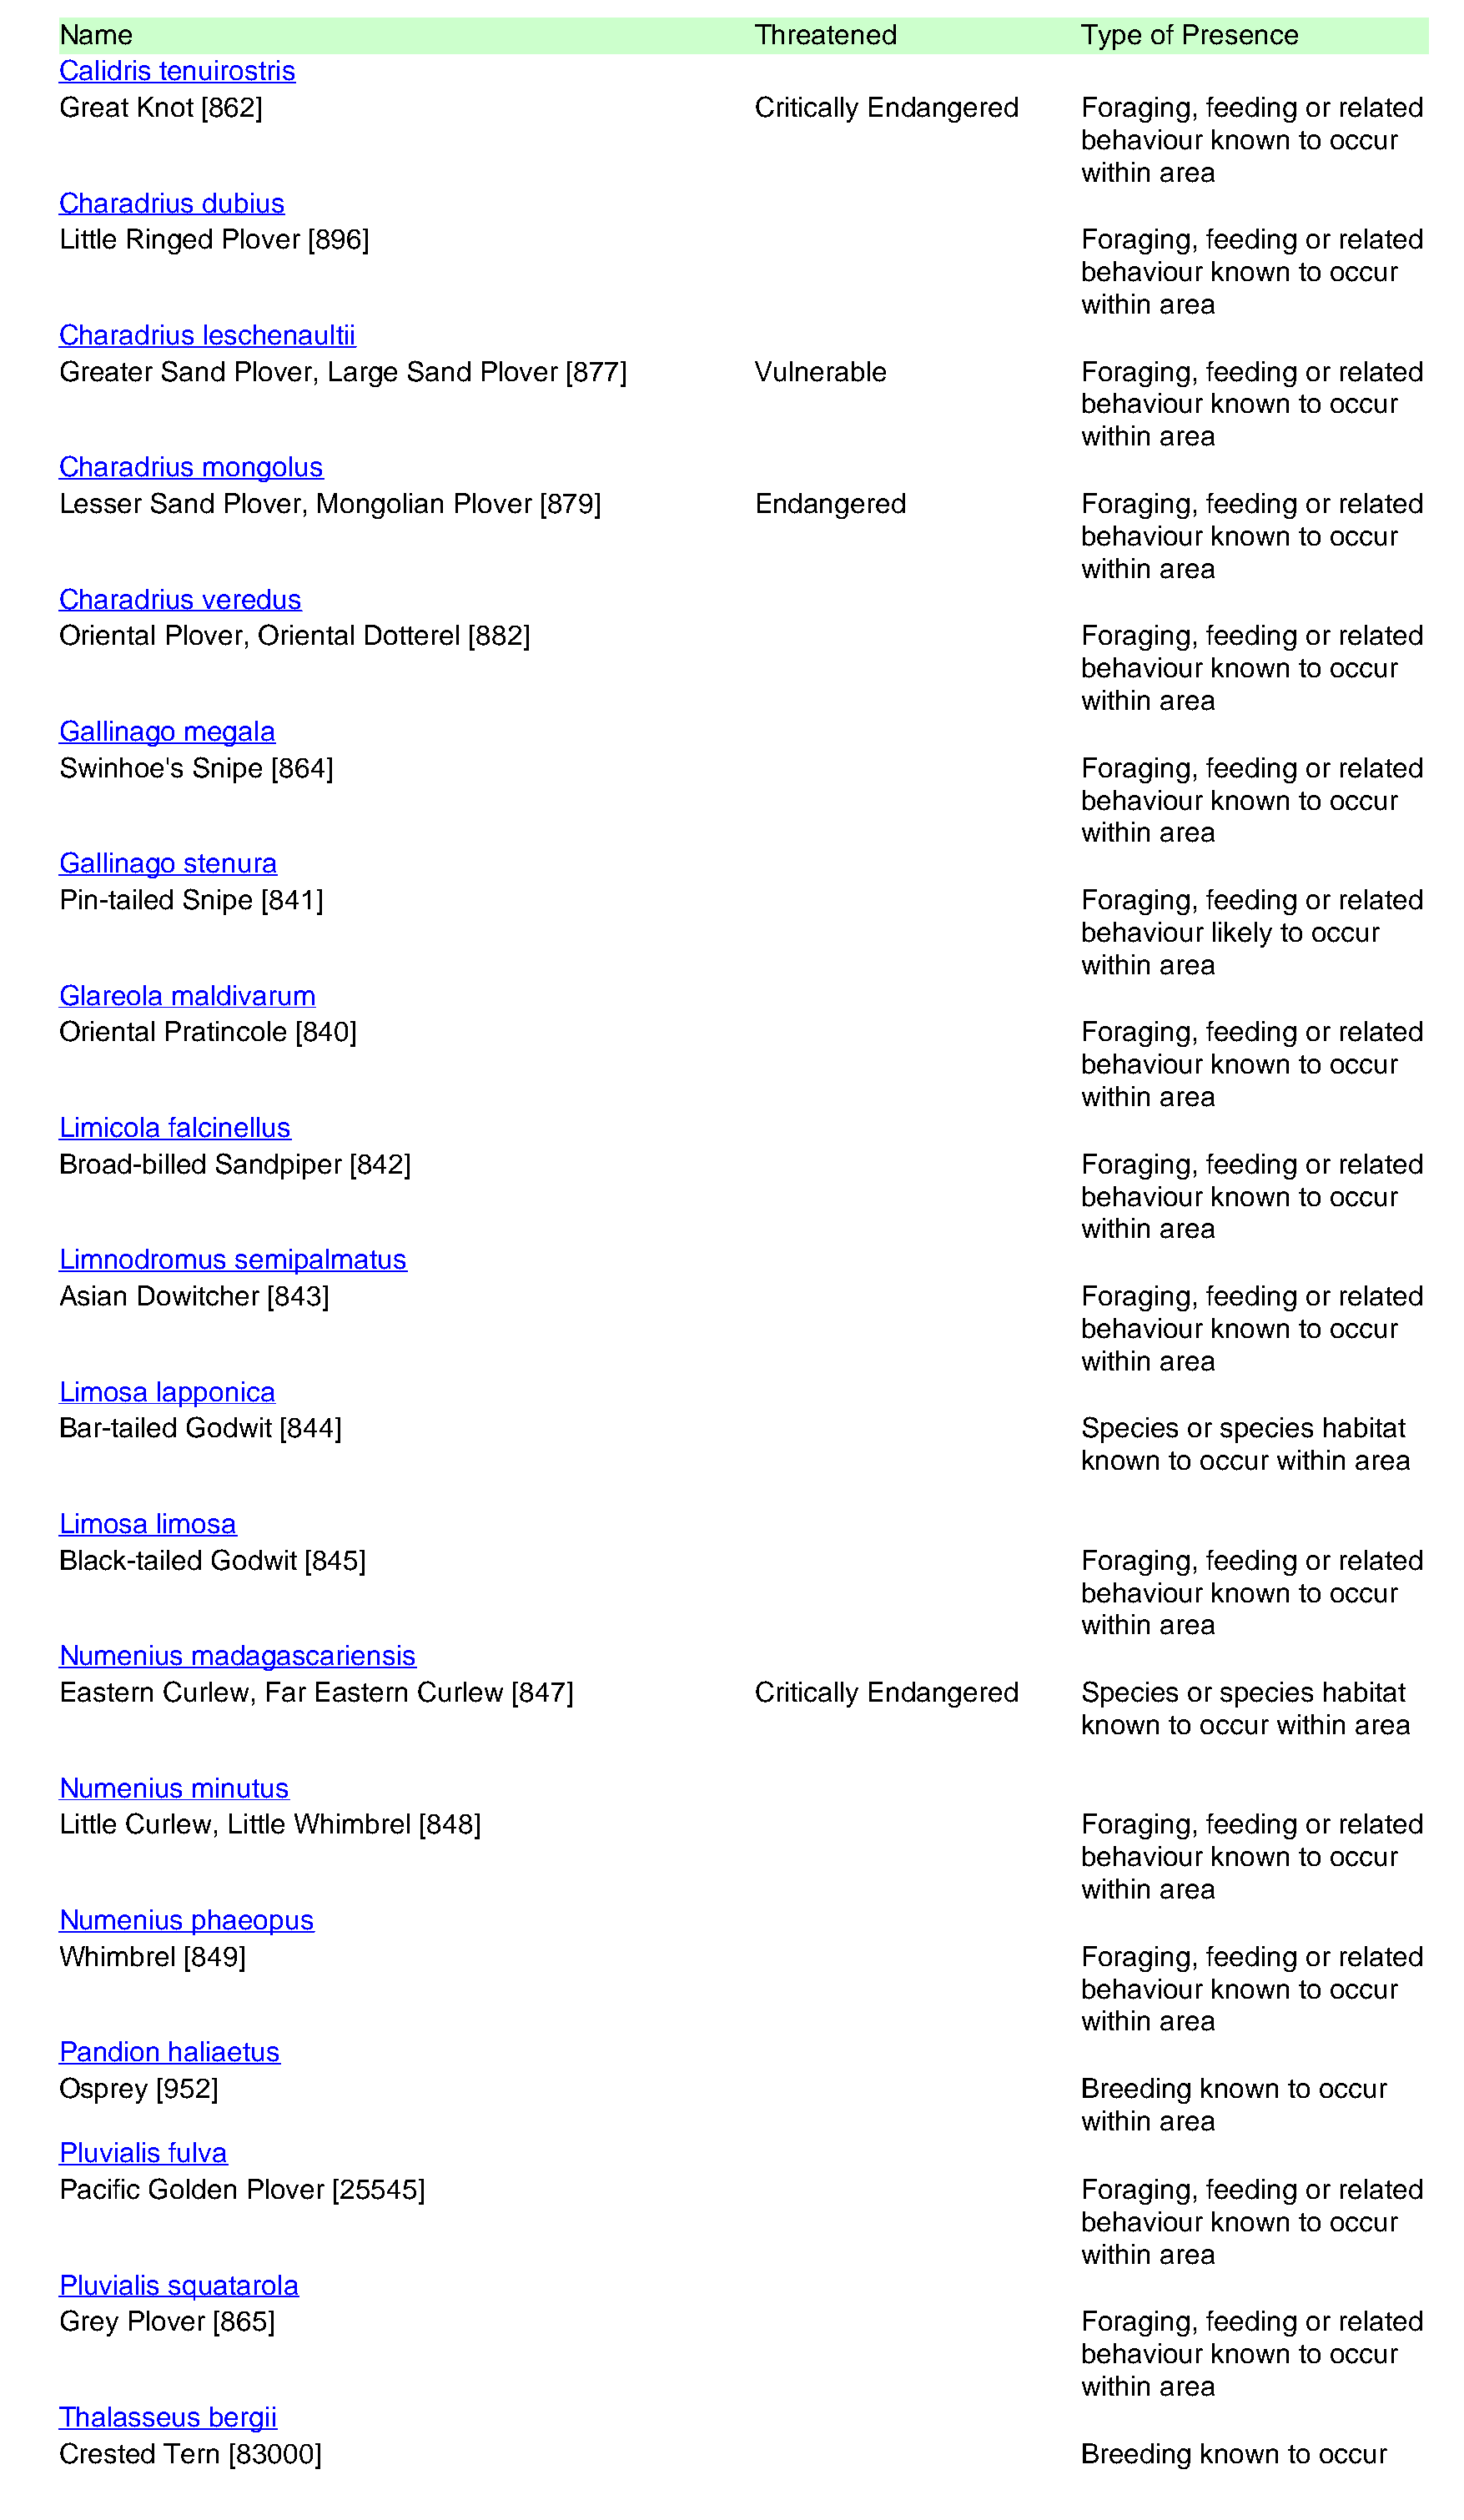
Name                                                   Threatened                Type of Presence
 Calidris tenuirostris
 Great Knot [862]                                       Critically Endangered     Foraging, feeding or related
 behaviour known  to occur
 within area
 Charadrius dubius
 Little Ringed Plover [896]                                                       Foraging, feeding or related
 behaviour known  to occur
 within area
 Charadrius leschenaultii
 Greater Sand  Plover, Large Sand Plover [877]          Vulnerable                Foraging, feeding or related
 behaviour known  to occur
 within area
 Charadrius mongolus
 Lesser Sand  Plover, Mongolian Plover [879]            Endangered                Foraging, feeding or related
 behaviour known  to occur
 within area
 Charadrius veredus
 Oriental Plover, Oriental Dotterel [882]                                         Foraging, feeding or related
 behaviour known  to occur
 within area
 Gallinago megala
 Swinhoe's Snipe  [864]                                                           Foraging, feeding or related
 behaviour known  to occur
 within area
 Gallinago stenura
 Pin-tailed Snipe [841]                                                           Foraging, feeding or related
 behaviour likely to occur
 within area
 Glareola maldivarum
 Oriental Pratincole [840]                                                        Foraging, feeding or related
 behaviour known  to occur
 within area
 Limicola falcinellus
 Broad-billed Sandpiper [842]                                                     Foraging, feeding or related
 behaviour known  to occur
 within area
 Limnodromus   semipalmatus
 Asian Dowitcher [843]                                                            Foraging, feeding or related
 behaviour known  to occur
 within area
 Limosa lapponica
 Bar-tailed Godwit [844]                                                          Species or species habitat
 known  to occur within area
 Limosa limosa
 Black-tailed Godwit [845]                                                        Foraging, feeding or related
 behaviour known  to occur
 within area
 Numenius  madagascariensis
 Eastern Curlew, Far Eastern Curlew  [847]              Critically Endangered     Species or species habitat
 known  to occur within area
 Numenius  minutus
 Little Curlew, Little Whimbrel [848]                                             Foraging, feeding or related
 behaviour known  to occur
 within area
 Numenius  phaeopus
 Whimbrel  [849]                                                                  Foraging, feeding or related
 behaviour known  to occur
 within area
 Pandion haliaetus
 Osprey [952]                                                                     Breeding known  to occur
 within area
 Pluvialis fulva
 Pacific Golden Plover [25545]                                                    Foraging, feeding or related
 behaviour known  to occur
 within area
 Pluvialis squatarola
 Grey Plover [865]                                                                Foraging, feeding or related
 behaviour known  to occur
 within area
 Thalasseus  bergii
 Crested Tern [83000]                                                             Breeding known  to occur